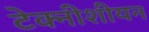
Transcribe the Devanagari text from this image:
टेक्नीशीयन